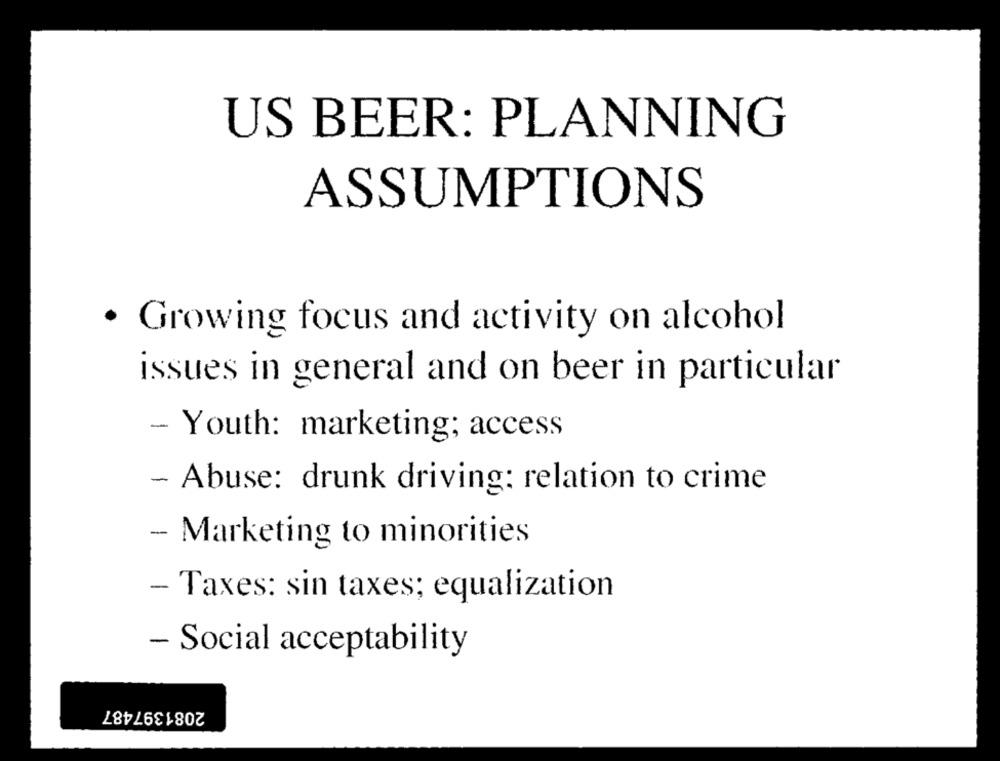
US BEER: PLANNING
ASSUMPTIONS
· Growing focus and activity on alcohol
issues in general and on beer in particular
- Youth: marketing; access
- Abuse: drunk driving: relation to crime
- Marketing to minorities
- Taxes: sin taxes; equalization
- Social acceptability
2081397487